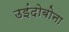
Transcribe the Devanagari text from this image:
उइंदोबोना